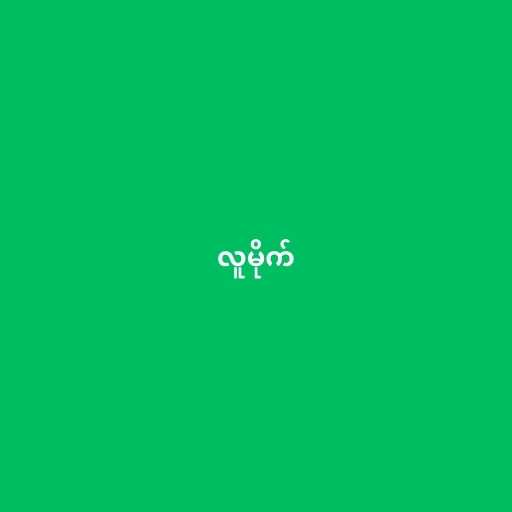
လူမိုက်